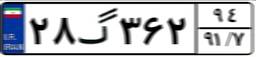
۸۲گ۹۸۱۸۳